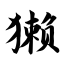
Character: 獭